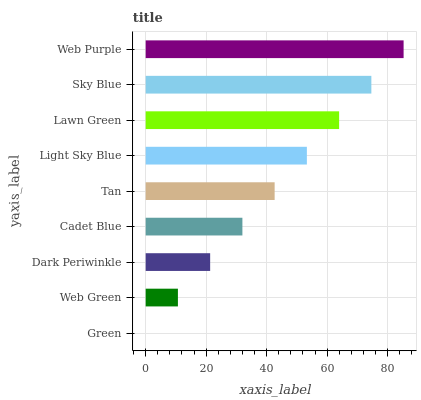
| yaxis_label | bars |
 | --- | --- |
 | Green | 0 |
 | Web Green | 10.7 |
 | Dark Periwinkle | 21.3 |
 | Cadet Blue | 32 |
 | Tan | 42.7 |
 | Light Sky Blue | 53.3 |
 | Lawn Green | 64 |
 | Sky Blue | 74.6 |
 | Web Purple | 85.3 |